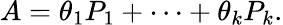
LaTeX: A=\theta_{1}P_{1}+\cdots+\theta_{k}P_{k}.